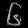
Digit: ၆